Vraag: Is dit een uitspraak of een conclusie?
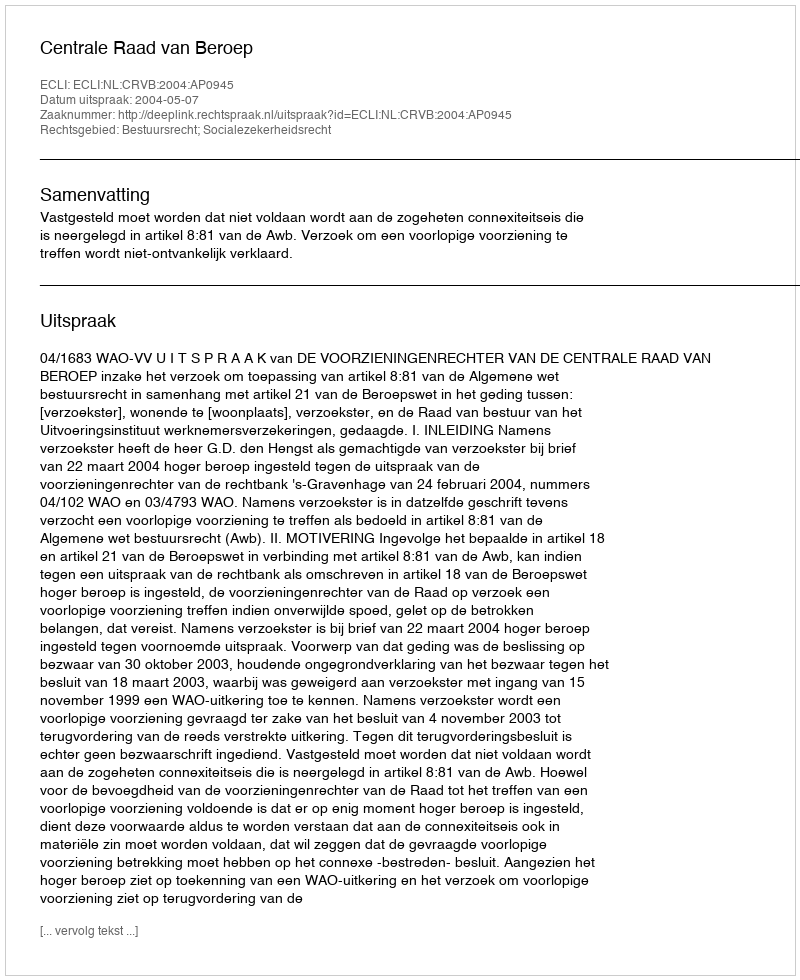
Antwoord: Uitspraak